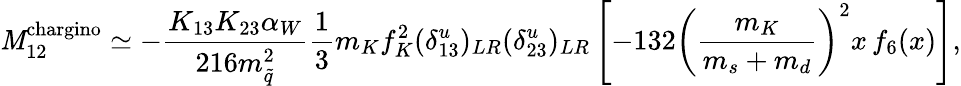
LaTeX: \mathit{M}_{12}^{\mathrm{{chargino}}}\simeq-\frac{{K_{13}K_{23}\alpha_{W}}}{{216m_{\tilde{{q}}}^{2}}}\frac{{1}}{{3}}m_{K}f_{K}^{2}(\delta_{13}^{u})_{LR}(\delta_{23}^{u})_{LR}\left[-132\left(\frac{{m_{K}}}{{m_{s}+m_{d}}}\right)^{2}x\, f_{6}(x)\right],